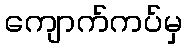
ကျောက်ကပ်မှ